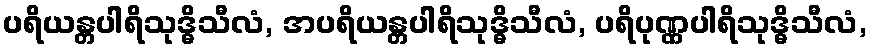
ပရိယန္တပါရိသုဒ္ဓိသီလံ, အပရိယန္တပါရိသုဒ္ဓိသီလံ, ပရိပုဏ္ဏပါရိသုဒ္ဓိသီလံ,